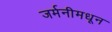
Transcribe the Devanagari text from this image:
जर्मनीमधून